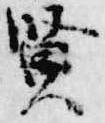
賢